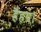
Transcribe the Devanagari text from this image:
हैहय।